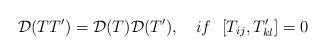
\begin{align*}{\cal D}(TT')={\cal D}(T){\cal D}(T'),\ \ \ if \ \ [T_{ij},T'_{kl}]=0\end{align*}